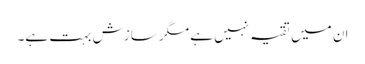
ان میں تقیہ نہیں ہے مگر سازش بہت ہے۔